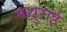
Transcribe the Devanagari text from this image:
मथुराई